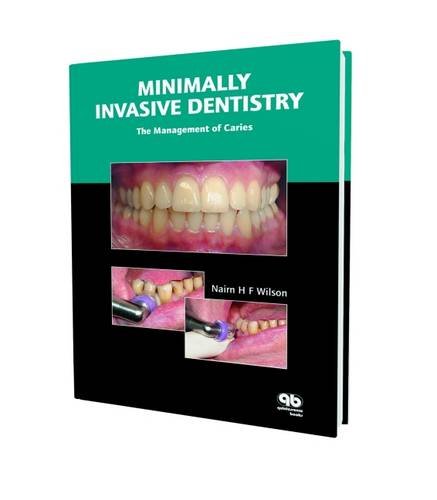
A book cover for Minimally Invasive Dentistry: The Management of Caries; Nairn H. F. Wilson; Medical Books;